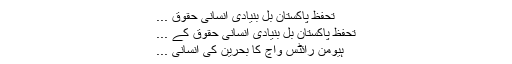
تحفظ پاکستان بل بنیادی انسانی حقوق ...
تحفظ پاکستان بل بنیادی انسانی حقوق کے ...
ہیومن رائٹس واچ کا بحرین کی انسانی ...